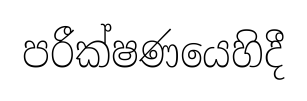
පරීක්ෂණයෙහිදී